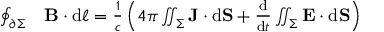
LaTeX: \begin{array} { r l } { \oint _ { \partial \Sigma } } & { { } \mathbf { B } \cdot \mathrm { d } { \boldsymbol { \ell } } = { \frac { 1 } { c } } \left( 4 \pi \iint _ { \Sigma } \mathbf { J } \cdot \mathrm { d } \mathbf { S } + { \frac { \mathrel { \mathrm { d } } } { \mathrm { d } t } } \iint _ { \Sigma } \mathbf { E } \cdot \mathrm { d } \mathbf { S } \right) } \end{array}